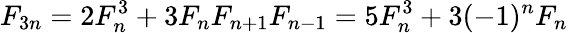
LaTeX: F_{3n}=2F_{n}^{3}+3F_{n}F_{n+1}F_{n-1}=5F_{n}^{3}+3(-1)^{n}F_{n}